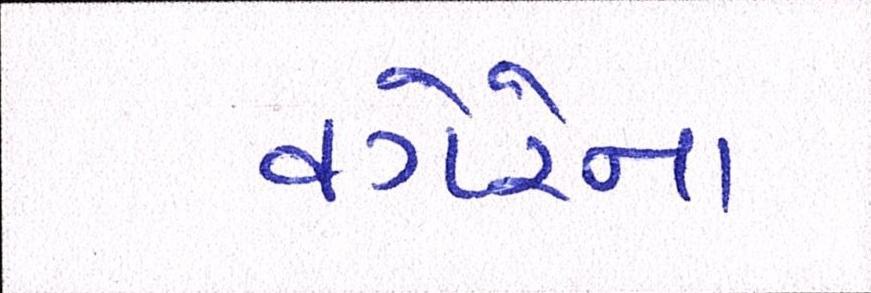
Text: વગેરેના